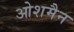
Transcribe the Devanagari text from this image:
ओशमैन